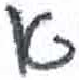
אות: א